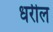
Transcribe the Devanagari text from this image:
धरील